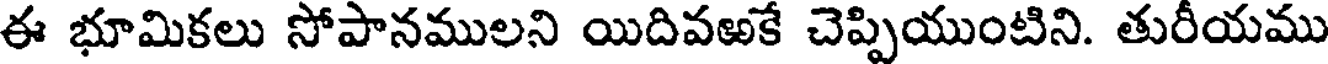
ఈ భూమికలు సోపానములని యిదివఱకే చెప్పియుంటిని. తురీయము